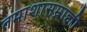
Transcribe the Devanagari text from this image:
तमाशासम्राज्ञी